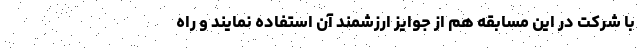
با شرکت در این مسابقه هم از جوایز ارزشمند آن استفاده نمایند و راه